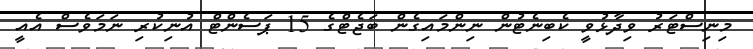
މިނިސްޓަރު ވިދާޅުވީ ކެބިނެޓުން ނިންމައިގެން ބަޖެޓްގެ 15 ޕަސެންޓް އުނިކުރި ނަމަވެސް އެއީ